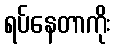
ရပ်နေတာကိုး